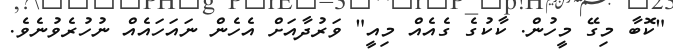
"ކޮބާ މިގޭ މީހުން. ކާކުގެ ގެއެއް މިއީ" ވަރުދާއަށް އެހެން ނައަހައެއް ނުހުރެވުނެވެ.